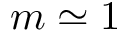
m \simeq 1